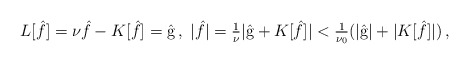
\begin{align*}\begin{aligned}L [\hat{f}] = \nu \hat{f} - K [\hat{f}] = \hat{\textrm{g}} \,, \ |\hat{f}| = \tfrac{1}{\nu} | \hat{\textrm{g}} + K [\hat{f}] | < \tfrac{1}{\nu_0} ( |\hat{\textrm{g}} | + |K [\hat{f}] | ) \,,\end{aligned}\end{align*}